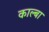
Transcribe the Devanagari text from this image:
काल्बा